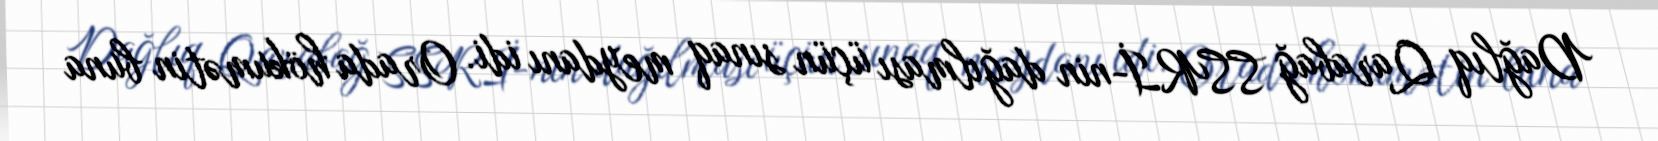
Dağlıq Qarabağ SSRİ-nin dağılması üçün sınaq meydanı idi. Orada hökumətin buna